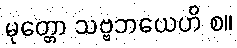
မုတ္တော သဗ္ဗဘယေဟိ စ။